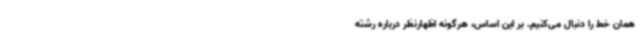
همان خط را دنبال می‌کنیم. بر این اساس، هرگونه اظهارنظر درباره رشته